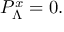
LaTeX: { \cal P } _ { \Lambda } ^ { x } = 0 .